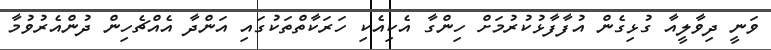
ވަނީ ދިވާލީއާ ގުޅިގެން އުފާފާޅުކުރުމަށް ހިންގާ އެކިއެކި ހަރަކާތްތަކުގައި އަންދާ އެއްޗެހިން ދުންއެރުވުމާ